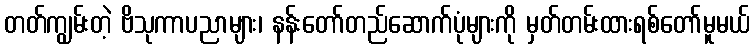
တတ်ကျွမ်းတဲ့ ဗိသုကာပညာများ၊ နန်းတော်တည်ဆောက်ပုံများကို မှတ်တမ်းထားရစ်တော်မူမယ်